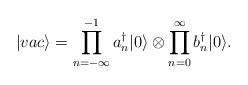
LaTeX: \begin{align*} |vac \rangle = \prod_{n=-\infty}^{-1}a_n^\dagger |0 \rangle \otimes \prod_{n=0}^{\infty}b_n^\dagger |0 \rangle.\end{align*}